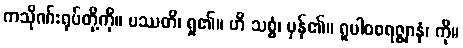
ကသိုဏ်းရုပ်တို့ကို။ ပဿတိ၊ ရှု၏။ ဟိ သစ္စံ၊ မှန်၏။ ရူပါဝစရဇ္ဈာနံ၊ ကို။